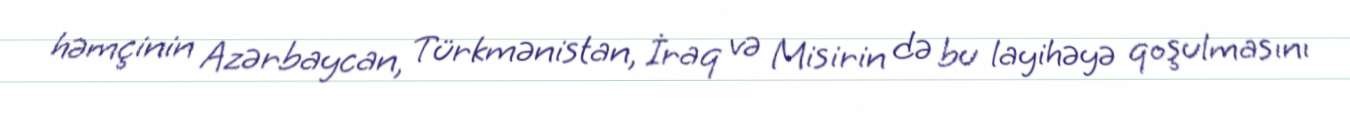
həmçinin Azərbaycan, Türkmənistan, İraq və Misirin də bu layihəyə qoşulmasını